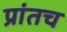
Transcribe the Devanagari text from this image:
प्रांतच